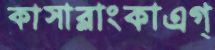
কাসাব্লাংকাএগ্